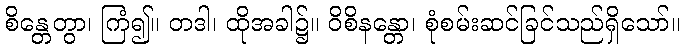
စိန္တေတွာ၊ ကြံ၍။ တဒါ၊ ထိုအခါ၌။ ဝိစိနန္တော၊ စုံစမ်းဆင်ခြင်သည်ရှိသော်။